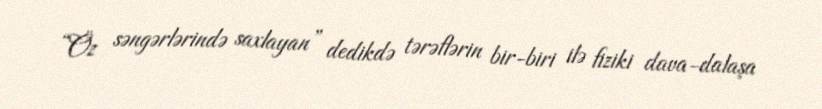
“Öz səngərlərində saxlayan” dedikdə tərəflərin bir-biri ilə fiziki dava-dalaşa